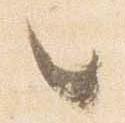
々